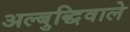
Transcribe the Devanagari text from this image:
अल्बुद्धिवाले